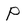
Character: P